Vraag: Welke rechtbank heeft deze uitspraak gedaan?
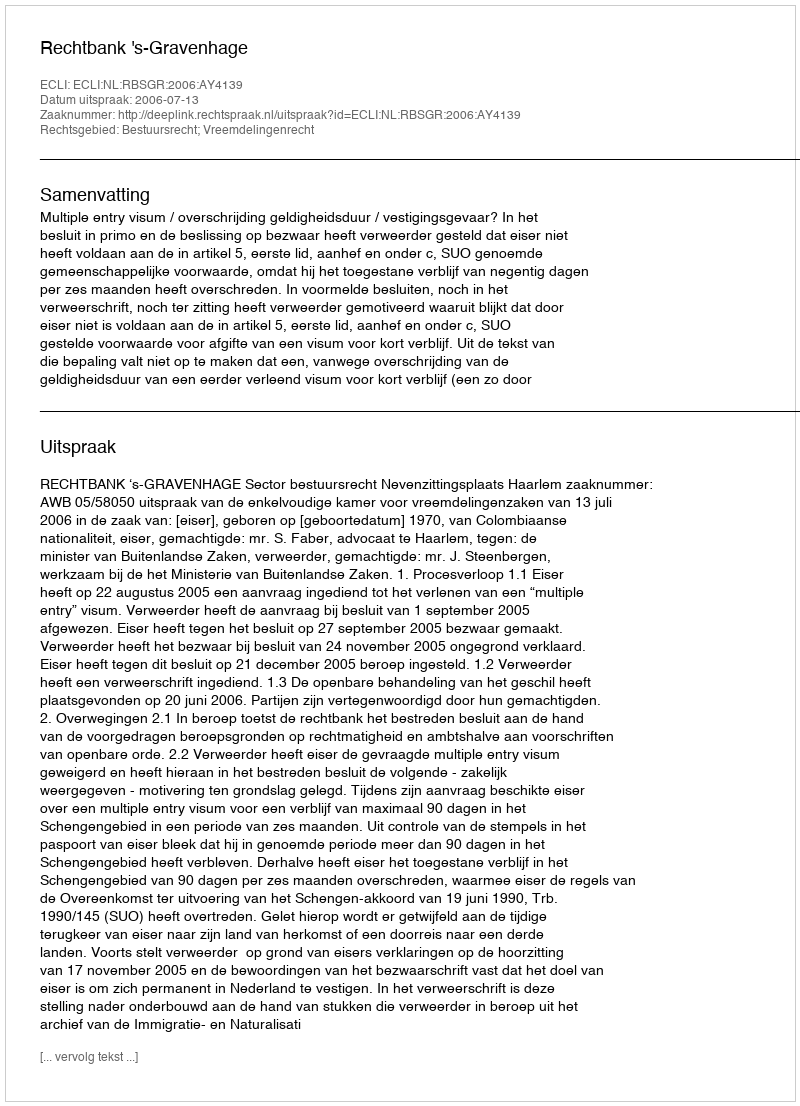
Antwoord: Rechtbank 's-Gravenhage